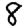
Digit: 8